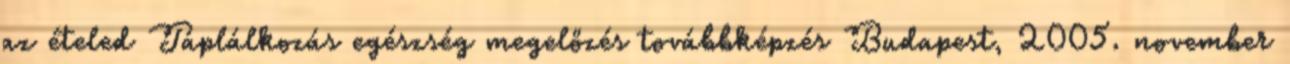
az ételed Táplálkozás egészség megelőzés továbbképzés Budapest, 2005. november